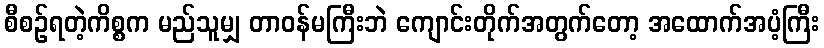
စီစဉ်ရတဲ့ကိစ္စက မည်သူမျှ တာဝန်မကြီးဘဲ ကျောင်းတိုက်အတွက်တော့ အထောက်အပံ့ကြီး